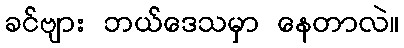
ခင်ဗျား ဘယ်ဒေသမှာ နေတာလဲ။